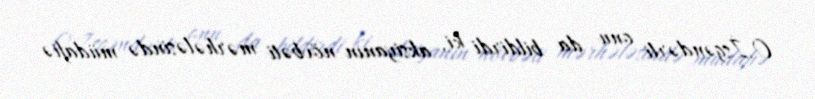
O.İsgəndərli onu da bildirdi ki, aksiyanın növbəti mərhələsində müdafiə